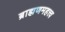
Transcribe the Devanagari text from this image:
ब्राह्मणमहत्त्व